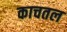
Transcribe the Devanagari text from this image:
काचतल